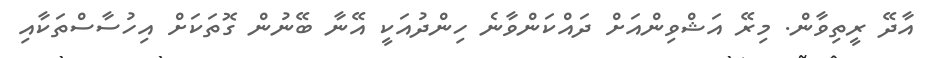
އާދޭ ރީތިވާން. މިރޭ އަޝްވިންއަށް ދައްކަންވާނެ ހިންދުއަކީ އޭނާ ބޭނުން ގޮތަކަށް އިހުސާސްތަކާއި